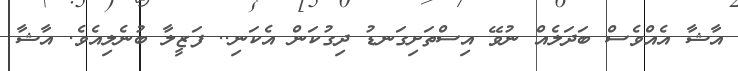
އާޝާ އެއްވެސް ބަދަލެއް ނުވޭ އިސްތަށިގަނޑު ދިގުކަން އެކަނި.. ފަޒީލާ ބުނެލިއެވެ. އާޝާ